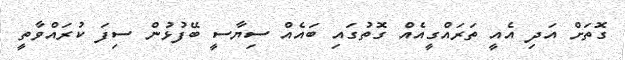
ގޮތަށް އަދި އެއީ ތަރައްގީއެއް ގޮތުގައި ބައެއް ސިޔާސީ ބޭފުޅުން ސިފަ ކުރައްވާތީ